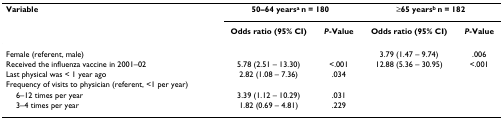
<table><thead><tr><td><b>Variable</b></td><td colspan="2"><b>50–64 years<sup>a </sup>n = 180</b></td><td colspan="2"><b>≥65 years<sup>b </sup>n = 182</b></td></tr><tr><td>[EMPTY_CELL]</td><td><b>Odds ratio (95% CI)</b></td><td><b><i>P</i>-Value</b></td><td><b>Odds ratio (95% CI)</b></td><td><b><i>P</i>-Value</b></td></tr></thead><tbody><tr><td>Female (referent, male)</td><td>[EMPTY_CELL]</td><td>[EMPTY_CELL]</td><td>3.79 (1.47 – 9.74)</td><td>.006</td></tr><tr><td>Received the influenza vaccine in 2001–02</td><td>5.78 (2.51 – 13.30)</td><td>&lt;.001</td><td>12.88 (5.36 – 30.95)</td><td>&lt;.001</td></tr><tr><td>Last physical was &lt; 1 year ago</td><td>2.82 (1.08 – 7.36)</td><td>.034</td><td>[EMPTY_CELL]</td><td>[EMPTY_CELL]</td></tr><tr><td>Frequency of visits to physician (referent, &lt;1 per year)</td><td>[EMPTY_CELL]</td><td>[EMPTY_CELL]</td><td>[EMPTY_CELL]</td><td>[EMPTY_CELL]</td></tr><tr><td> 6–12 times per year</td><td>3.39 (1.12 – 10.29)</td><td>.031</td><td>[EMPTY_CELL]</td><td>[EMPTY_CELL]</td></tr><tr><td> 3–4 times per year</td><td>1.82 (0.69 – 4.81)</td><td>.229</td><td>[EMPTY_CELL]</td><td>[EMPTY_CELL]</td></tr></tbody></table>